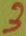
Text: 3